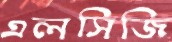
এলসিজি